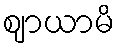
ဈာယာမိ